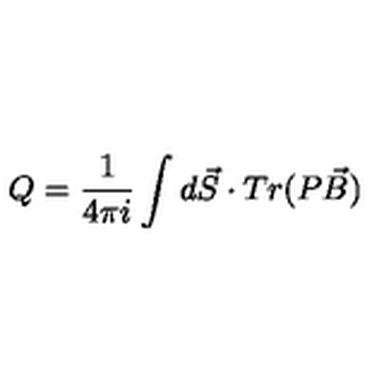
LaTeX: Q = \frac { 1 } { 4 \pi i } \int d \vec { S } \cdot T r ( P \vec { B } )